Black-water fever - Number 35
Disease focus: Fever
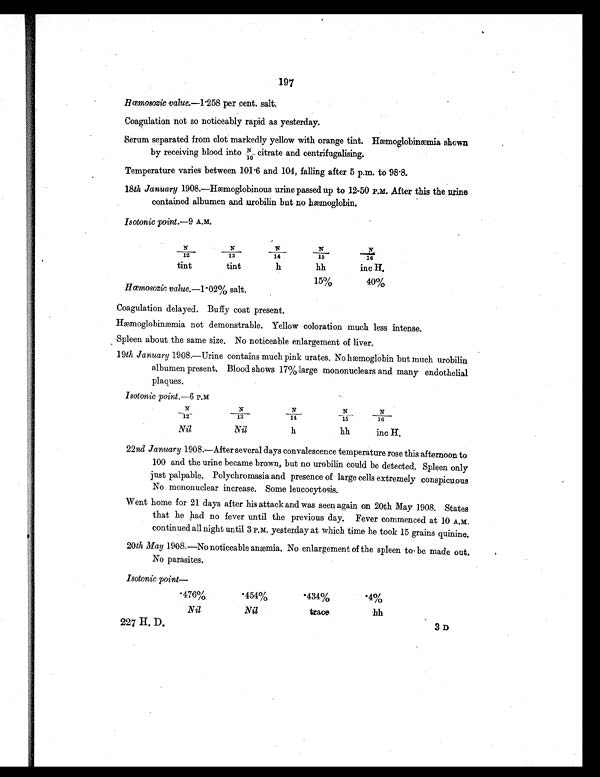
227 H.D.
3D
197
Hœmosozic value.—1.258 per cent. salt.
Coagulation not so noticeably rapid as yesterday.
Serum separated from clot markedly yellow with orange tint. Hæmoglobinæmia shown
by receiving blood into n/10 citrate and centrifugalising.
Temperature varies between 101.6 and 104, falling after 5 p.m. to 98.8.
18 th January 1908.—Hæmoglobinous urine passed up to 12-50 P.M. After this the urine
contained albumen and urobilin but no hemoglobin.
Isotonic point .—9 A.M.
N
/ 1 2
N / 1 3
N / 1 4
N / 1 5
N
/ 1 6
tint
tint
h
hh
inc H.
1.50/
4 0 %
Hœmosozic value.—1.02% salt.
Coagulation delayed. Buffy coat present.
Hæmoglobinæmia not demonstrable. Yellow coloration much less intense.
Spleen about the same size. No noticeable enlargement of liver.
19th January 1908.—Urine contains much pink urates. No hæmoglobin but much urobilin
albumen present. Blood shows 17% large mononuclears and many endothelial
plaques.
Isotonic point.—6 P.M.
N
/ 1 2
N / 1 3
N
/ 1 4
N
/ 1 5
N / 1 6
Nil
Nil
h
hh
inc H.
22nd January 1908.—After several days convalescence temperature rose this afternoon to
100 and the urine became brown, but no urobilin could be detected. Spleen only
just palpable. Polychromasia and presence of large cells extremely conspicuous
No mononuclear increase. Some leucocytosis.
Went home for 21 days after his attack and was seen again on 20th May 1908. States
that he had no fever until the previous day. Fever commenced at 10 A.M.
continued all night until 3 P.M. yesterday at which time he took 15 grains quinine.
20th May 1908.—No noticeable anæmia. No enlargement of the spleen to be made out.
No parasites.
Isotonic point—
.476%
. 4 5 4 %
.434%
.4%
Nil
Nil
trace
hh